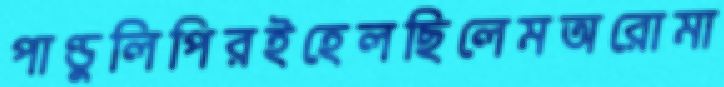
পাণ্ডুলিপিরইহেলছিলেমঅরোমা